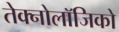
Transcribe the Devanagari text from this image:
तेक्नोलॉजिको